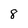
Character: 8